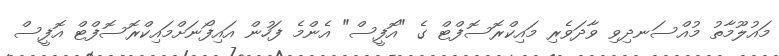
މައުލޫމާތު މުއްސަނދިވި ވާދަވެރި މައިކްރޮސޮފްޓް ގެ "އޮފީސް" އެންމެ ފަހުން އައިފޯނަށްމައިކްރޮސޮފްޓް އޮފީސް